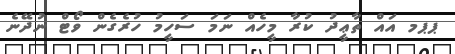
ޕޕމ އައް ތާޢީދު ކުރާ މީހެއް ނަމަ ސަހީމު ހުރެގެން ވޯޓް ނުދޭނެ